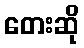
တေးဆို